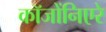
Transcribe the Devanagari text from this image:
कॉजोंनिएरे